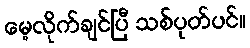
မေ့လိုက်ချင်ပြီ သစ်ပုတ်ပင်။